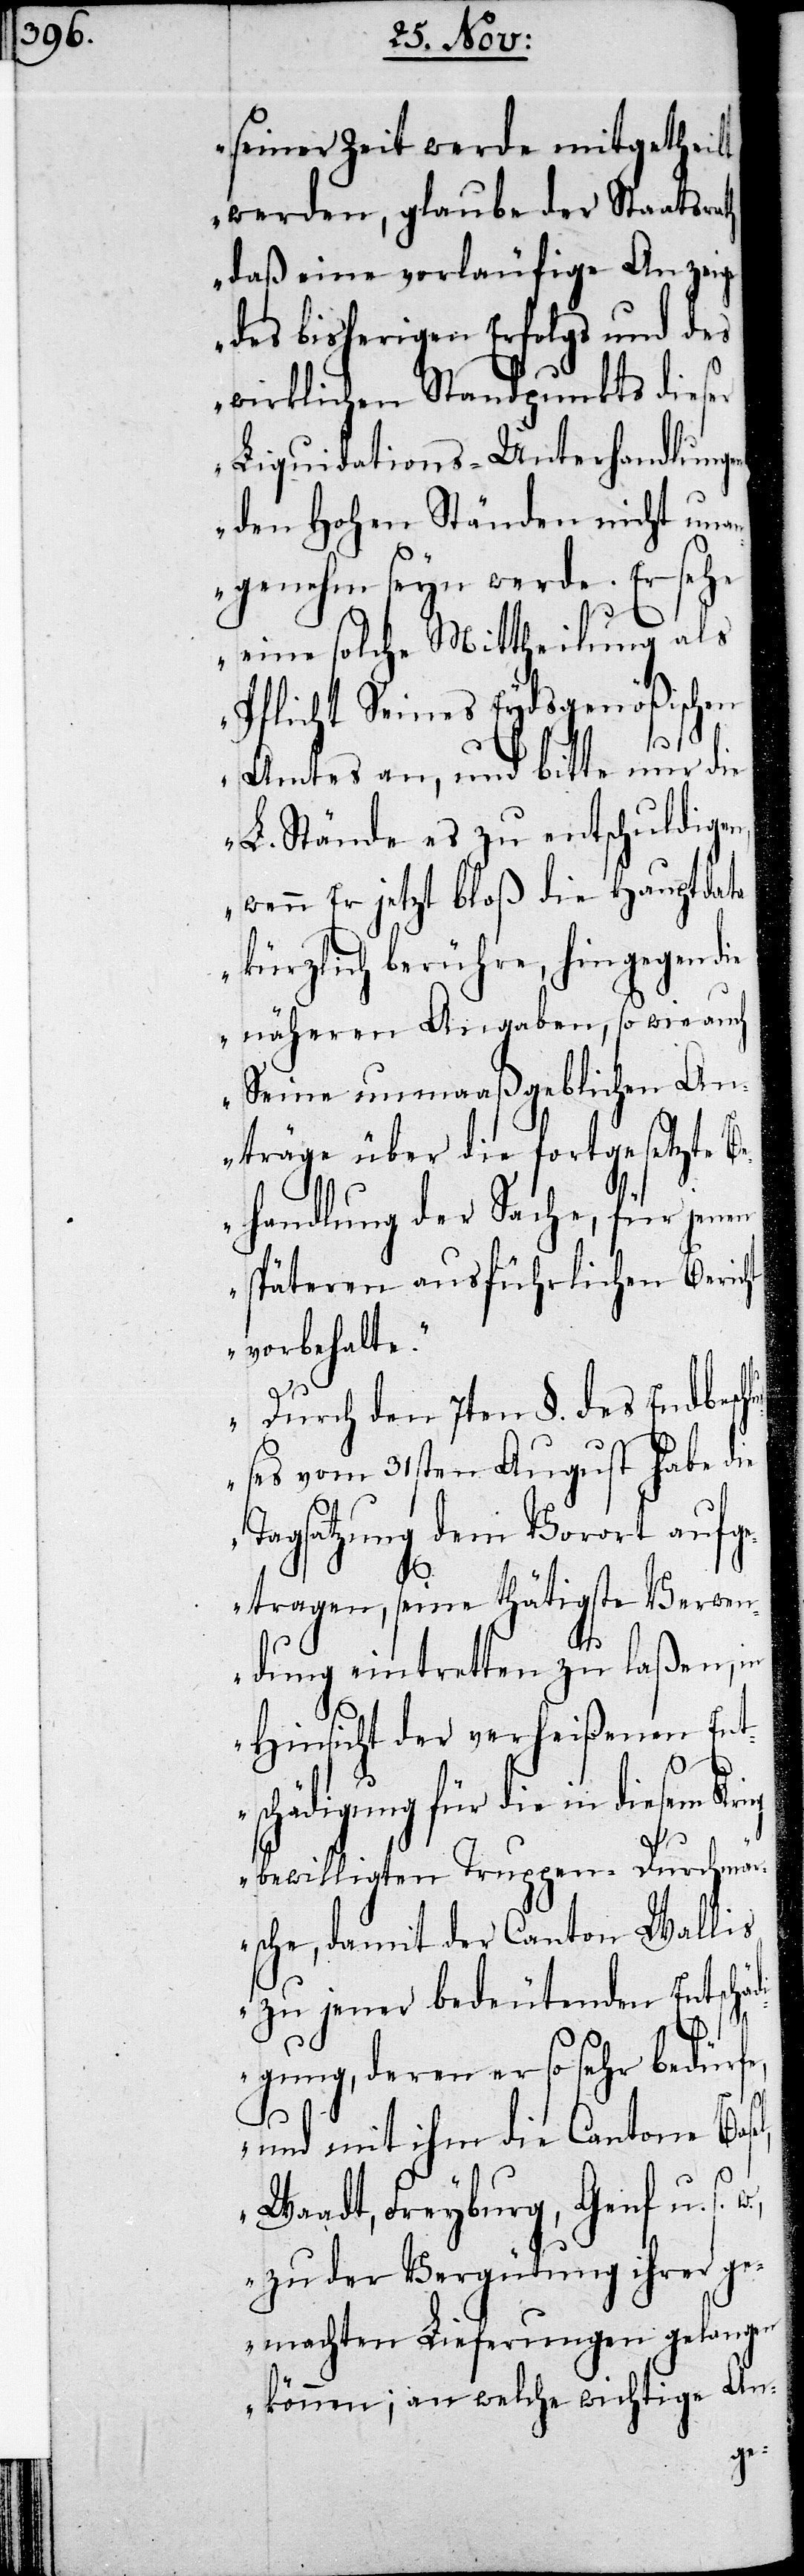
seiner Zeit werde mitgetheilt
werden, glaube der Staatsra¬
daß eine vorläufige Anzeige
des bisherigen Erfolgs und des
wirklichen Standpunkts dieser
Liquidations-Unterhandlungen
den Hohen Ständen nicht una¬
ngenehm seyn werde. Er sehe
eine solche Mittheilung als
Pflicht Seines Eydsgenößischen
Amtes an, und bitte nur die
L. Stände es zu entschuldigen,
wenn Er jetzt bloß die Hauptdata
kürzlich berühre, hingegen die
näheren Angaben, so wie auch
Seine unmaßgeblichen A¬
nträge über die fortgesetzte B¬
ehandlung der Sache, für jenen
späteren ausführlichen Beri¬
vorbehalte.
Durch den 7ten §. des Endbesch¬
l¬
ußes vom 31sten August habe d¬
Tagsatzung dem Vorort aufg¬
cht
etragen, seine thätigste Verwen¬
dung eintretten zu laßen, in
Hinsicht der verheißenen Ent¬
schädigung für die in diesem Kri¬
bewilligten Truppen-Durchmär¬
sche, damit der Canton Wallis
zu jener bedeutenden Entschäd¬
igung, deren er so sehr bedür¬
und mit ihm die Cantone Bas¬
Waadt, Freyburg, Genf u. s.
zu der Vergütung ihrer ge¬
machten Lieferungen gelangen
können; an welche wichtige An-
el,